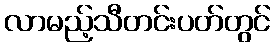
လာမည့်သီတင်းပတ်တွင်